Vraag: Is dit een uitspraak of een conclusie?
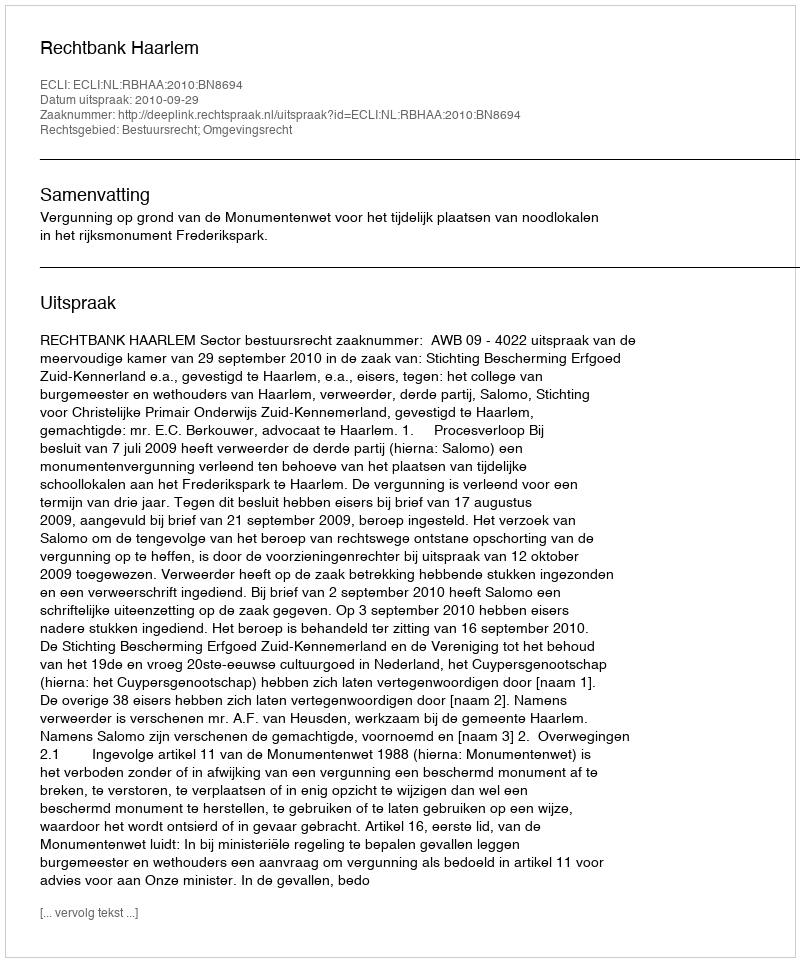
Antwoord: Uitspraak